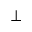
\bot